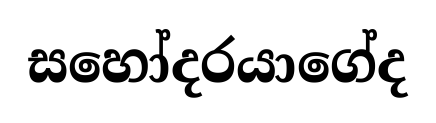
සහෝදරයාගේද